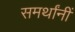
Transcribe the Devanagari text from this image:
समर्थांनीं